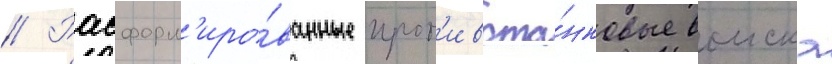
// Расформ'иро́ванные прот'ивота́нковые воиска